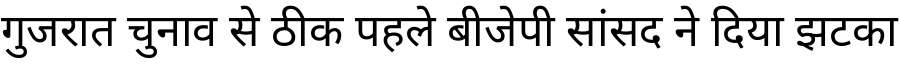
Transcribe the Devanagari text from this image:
गुजरात चुनाव से ठीक पहले बीजेपी सांसद ने दिया झटका